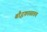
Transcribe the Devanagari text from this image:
बौद्धकाळातच